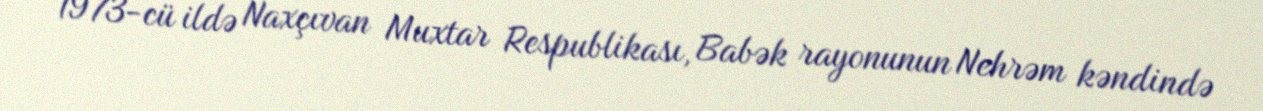
1973-cü ildə Naxçıvan Muxtar Respublikası, Babək rayonunun Nehrəm kəndində